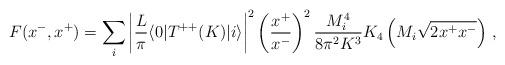
LaTeX: \begin{align*}F(x^-,x^+)=\sum_i\left|{L \over \pi} \langle 0 | T^{++}(K) |i \rangle \right|^2\left({x^+ \over x^-}\right)^2 {M_i^4 \over 8 \pi^2 K^3}K_4\left(M_i\sqrt{2 x^+ x^-}\right)\,,\end{align*}